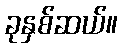
ခုနှစ်ဆယ်။